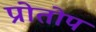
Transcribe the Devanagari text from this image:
प्रोतोप